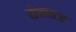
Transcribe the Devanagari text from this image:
सेमस्टर